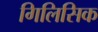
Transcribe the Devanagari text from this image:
गिलिसिक